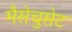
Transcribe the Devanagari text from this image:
मैसेचुसेट